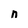
Character: n